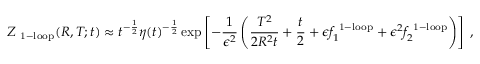
Z _ { \mathrm { \scriptsize ~ 1 - l o o p } } ( R , T ; t ) \approx t ^ { - { \frac { 1 } { 2 } } } \eta ( t ) ^ { - { \frac { 1 } { 2 } } } \exp \left[ - { \frac { 1 } { \epsilon ^ { 2 } } } \left( { \frac { T ^ { 2 } } { 2 R ^ { 2 } t } } + { \frac { t } { 2 } } + \epsilon f _ { 1 } ^ { \mathrm { \scriptsize ~ 1 - l o o p } } + \epsilon ^ { 2 } f _ { 2 } ^ { \mathrm { \scriptsize ~ 1 - l o o p } } \right) \right] \; ,